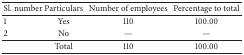
| Sl. number | Particulars | Number of employees | Percentage to total |
 | --- | --- | --- | --- |
 | 1 | Yes | 110 | 100.00 |
 | 2 | No | — | — |
 |  | Total | 110 | 100.00 |